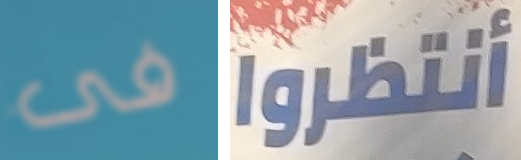
فى أنتظروا